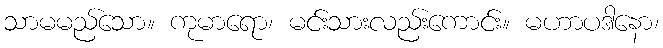
သာမမည်သော။ ကုမာရော၊ မင်းသားလည်းကောင်း။ မဟာပဒါနော၊